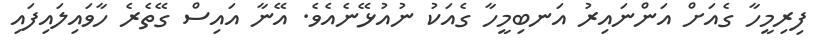
ފިރިމީހާ ގެއަށް އަންނައިރު އަނބިމީހާ ގެއަކު ނުއުޅޭނެއެވެ. އޭނާ އައިސް ގޭތެރެ ހާވައިލައިފައި